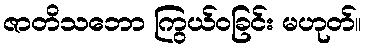
ဇာတိသဘော ကြွယ်ဝခြင်း မဟုတ်။